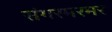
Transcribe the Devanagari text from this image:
संगरमरमर